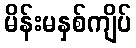
မိန်းမနှစ်ကျိပ်